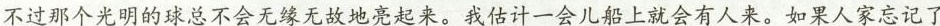
不过那个光明的球总不会无缘无故地亮起来。我估计一会儿船上就会有人来。如果人家忘记了